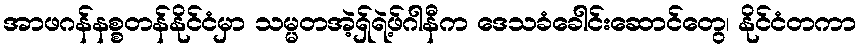
အာဖဂန်နစ္စတန်နိုင်ငံမှာ သမ္မတအဲ့ရှ်ရဲ့ဖ်ဂါနီက ဒေသခံခေါင်းဆောင်တွေ၊ နိုင်ငံတကာ